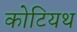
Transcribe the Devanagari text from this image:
कोटियथ